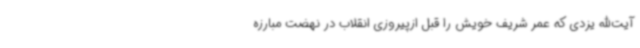
آیت‌الله یزدی که عمر شریف خویش را قبل ازپیروزی انقلاب در نهضت مبارزه